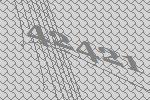
42421